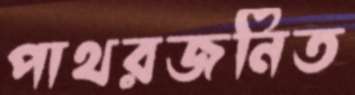
পাথরজনিত